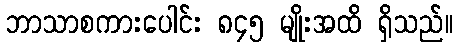
ဘာသာစကားပေါင်း ၈၄၅ မျိုးအထိ ရှိသည်။